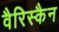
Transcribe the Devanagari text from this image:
वैरिस्कैन